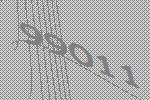
99011